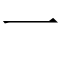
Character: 一